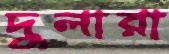
দুলারা